Lunatic asylums Madras 1877-1891 - 1877-1891
Year: 1877
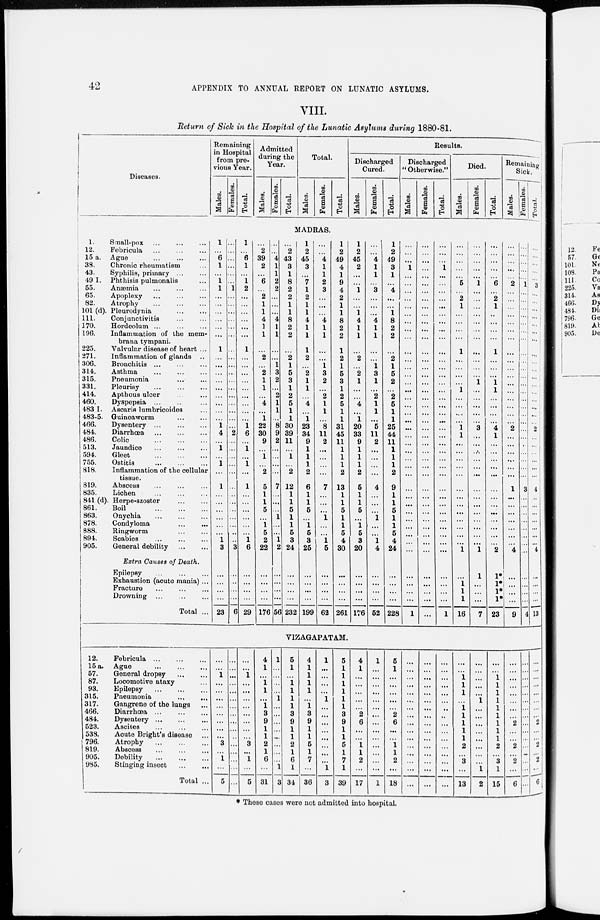
42
APPENDIX TO ANNUAL REPORT ON LUNATIC ASYLUMS.
VIII.
Return of Sick in the Hospital of the Lunatic Asylums during 1880-81.
Diseases.
1.
Small-pox ... ... ...
12.
Febricula
...
...
...
15 a. Ague ... ... ...
38.
Chronic rheumatism ...
43.
Syphilis, primary ... ... ...
49 I. Phthisis pulmonalis ...
55.
Anæmia ... ... ...
65.
Apoplexy ... ... ...
82.
Atrophy
...
...
...
101 (d). Pleurodynia ... ...
111.
Conjunctivitis ... ...
170.
Hordeolum ... ... ...
196.
Inflammation of the mem-
brana tympani.
225.
Valvular disease of heart ...
271.
Inflammation of glands ...
306.
Bronchitis ... ... ...
314.
Asthma ... ... ...
315.
Pneumonia ... ...
331.
Pleurisy
...
...
...
414.
Apthous ulcer ... ...
460.
Dyspepsia ... ... ...
483 I. Ascaris lumbricoides ...
483-5. Guineaworm ... ...
466.
Dysentery ... ... ...
484.
Diarrhœa
...
...
...
486.
Colic
...
...
...
513.
Jaundice ... ... ...
594.
Gleet
...
...
...
755.
Ostitis
...
...
...
818.
Inflammation of the cellular
tissue.
819.
Abscess ... ... ...
835.
Lichen
...
...
...
841 (d). Herpe-szoster
...
...
861.
Boil
...
...
...
863.
Onychia
...
...
...
878.
Condyloma
...
...
888.
Ringworm
...
...
894.
Scabies
...
...
...
905.
General debility ... ...
Extra Causes of Death.
Epilepsy ... ... ...
Exhaustion (acute mania) ...
Fracture ... ... ...
Drowning ... ... ...
Total ...
Remining
in Hospital
from previous Year.
Males.
1
...
6
1
...
1
1
...
...
...
...
...
...
1
...
...
...
...
...
...
...
...
...
1
4
...
1
...
1
...
1
...
...
...
...
...
...
1
3
...
...
...
...
23
Females.
Total.
Addmitted
during
the Year.
Males.
...
...
...
...
...
...
1
...
...
...
...
...
...
...
...
...
...
...
...
...
...
...
...
...
2
...
...
...
...
...
...
...
...
...
...
...
...
...
3
...
...
...
...
6
1
...
6
1
...
1
2
...
...
...
...
...
...
1
...
...
...
...
...
...
...
...
...
1
6
...
1
...
1
...
1
...
...
....
...
...
...
1
6
...
...
...
...
29
...
2
39
2
...
6
...
2
1
1
4
1
1
...
2
...
2
1
1
...
4
...
1
22
30
9
...
1
...
2
5
1
1
5
...
1
5
2
22
...
...
...
...
176
Females.
Total.
Total.
Males.
Females.
Total.
Results.
Discharged
Cured.
Males.
Females.
Total.
Discharged
"Otherwise."
Males.
Females.
Total.
Died.
Males.
Females.
Total.
Remaining
Sick.
Males.
MADRAS.
...
...
4
1
1
2
2
..
...
...
4
1
1
...
...
1
3
2
...
2
1
1
...
8
9
2
...
...
...
...
7
...
...
...
1
...
...
1
2
...
..
...
...
56
...
2
43
3
1
8
2
2
1
1
8
2
2
...
2
1
5
3
1
2
5
1
1
30
39
11
...
1
...
2
12
1
1
5
1
1
5
3
24
...
...
...
...
232
1
2
45
3
...
7
1
2
1
1
4
1
1
1
2
...
2
1
1
...
4
...
1
23
34
9
1
1
1
2
6
1
1
5
...
1
5
3
25
...
...
...
...
199
...
...
4
1
1
2
3
...
...
...
4
1
1
...
...
1
3
2
...
2
1
1
...
8
11
2
...
...
...
...
7
...
...
...
1
...
...
1
5
...
...
...
...
62
1
2
49
4
1
9
4
2
1
1
8
2
2
1
2
1
5
3
1
2
5
1
1
31
45
11
1
1
1
2
13
1
1
5
1
1
5
4
30
...
...
...
...
261
1
2
45
2
...
...
1
...
...
1
4
1
1
...
2
...
2
1
...
...
4
...
1
20
33
9
1
1
1
2
5
1
1
5
...
1
5
3
20
...
...
...
...
176
...
...
4
1
1
3
...
...
...
4
1
1
...
...
1
3
1
...
2
1
1
...
5
11
2
...
...
...
...
4
...
...
...
1
...
...
1
4
...
...
...
...
52
1
2
49
3
1
...
4
...
...
1
8
2
2
...
2
1
5
2
...
2
5
1
1
25
44
11
1
1
1
2
9
1
1
5
1
1
5
4
24
...
...
...
...
228
...
...
...
1
...
...
...
...
...
...
...
...
...
...
...
...
...
...
...
...
...
...
...
...
...
...
...
...
...
...
...
...
...
...
...
...
...
...
...
...
...
...
...
1
...
...
...
...
...
...
...
...
...
...
...
...
...
...
...
...
...
...
...
...
...
...
...
...
...
...
...
...
...
...
...
...
...
...
...
...
...
...
...
...
...
...
...
...
...
...
1
...
...
...
...
...
...
...
...
...
...
...
...
...
...
...
...
...
...
...
...
...
...
...
...
...
...
...
...
...
...
...
...
...
...
...
...
...
...
...
1
...
...
...
...
...
5
...
2
1
...
...
...
...
1
...
...
...
...
1
...
...
...
...
1
1
...
...
...
...
...
...
...
...
...
...
...
...
...
1
...
1
1
1
16
...
...
...
...
...
1
...
...
...
...
...
...
...
...
...
...
...
1
...
...
...
...
...
3
...
...
...
...
...
...
...
...
...
...
...
...
...
1
1
...
...
...
7
...
...
...
...
...
6
...
2
1
...
...
...
...
1
...
...
...
1
1
...
...
...
...
4
1
...
...
...
...
...
...
...
...
...
...
...
...
...
2
1*
1*
1*
1*
23
...
...
...
...
...
2
...
...
...
...
...
...
...
...
...
...
...
...
...
...
...
...
...
2
...
...
...
...
...
...
1
...
...
...
...
...
...
...
4
...
...
...
...
9
VIZAGAPATAM.
12.
Febricula
...
...
...
15 a. Ague
...
...
...
57.
General dropsy ... ...
87.
Locomotive ataxy ...
93.
Epilepsy
...
...
...
315.
Pneumonia ... ...
317.
Gangrene of the lungs ...
466.
Diarrhœa
...
...
...
484.
Dysentery ... ... ...
523.
Ascites
...
...
...
538.
Acute Bright's disease ...
796.
Atrophy
...
...
...
819.
Abscess ... ... ...
905.
Debility
...
...
...
985.
Stinging insect ... ...
Total ..
...
...
1
...
...
...
...
...
...
...
...
3
...
1
...
5
...
...
...
...
...
...
...
...
...
...
...
3
...
...
...
...
...
...
1
...
...
...
...
...
...
...
...
...
...
...
...
5
4
1
...
1
1
...
1
3
9
1
1
2
1
6
...
31
1
...
...
...
...
1
...
...
...
...
...
...
...
...
1
3
5
1
...
1
1
1
1
3
9
1
1
2
1
6
1
34
4
1
1
1
1
...
1
3
9
1
1
5
1
7
...
36
1
...
...
...
...
1
...
...
...
...
...
...
...
...
1
3
5
1
1
1
1
1
1
3
9
1
1
5
1
7
1
39
4
1
...
...
...
...
...
2
6
...
...
1
1
2
...
17
1
...
...
...
...
...
...
...
...
...
...
...
...
...
...
1
5
1
...
...
...
...
...
2
6
...
...
1
1
2
...
18
...
...
...
...
...
...
...
...
...
...
...
...
...
...
...
...
...
...
...
...
...
...
...
...
...
...
...
...
...
...
...
...
...
...
...
...
...
...
...
...
...
...
...
...
...
...
...
...
...
1
1
1
...
1 1
1
1
1
2
...
3
...
13
...
...
...
...
...
1
...
...
...
...
...
...
...
...
1
2
...
...
1
1
1
1
1
1
1
1
1
2
...
3
1
15
...
...
...
...
...
...
...
...
...
...
...
...
...
...
...
...
Females.
...
...
...
...
...
1
...
...
...
...
...
...
..
...
...
...
...
...
...
...
...
...
...
...
...
...
...
...
...
...
3
...
...
...
...
...
...
...
...
...
...
...
...
4
Total.
...
...
...
...
...
3
...
...
...
...
...
...
...
...
...
...
...
...
...
...
...
...
...
2
...
...
...
...
...
...
4
...
...
...
...
...
...
...
4
...
...
...
...
13
...
...
...
...
...
...
...
...
2
...
...
2
...
2
...
6
...
...
...
...
...
...
...
...
2
...
...
2
...
...
...
...
* These cases were not admitted into hospital.